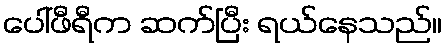
ပေါ်ဖီရီက ဆက်ပြီး ရယ်နေသည်။